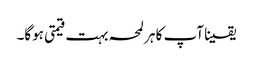
یقینا آپ کا ہر لمحہ بہت قیمتی ہوگا۔